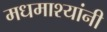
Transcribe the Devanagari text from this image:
मधमाश्यांनी